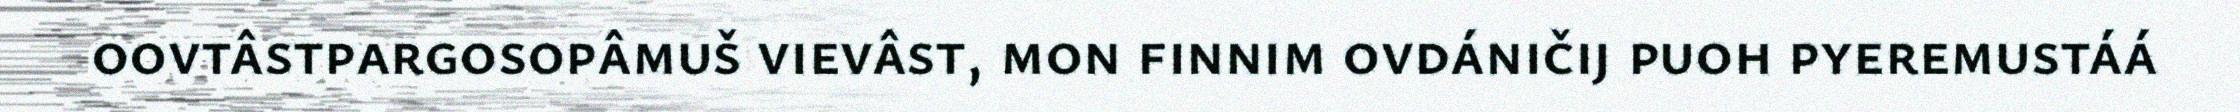
oovtâstpargosopâmuš vievâst, mon finnim ovdáničij puoh pyeremustáá